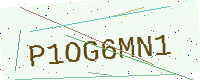
Text: P1OG6MN1